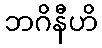
ဘဂိနီဟိ